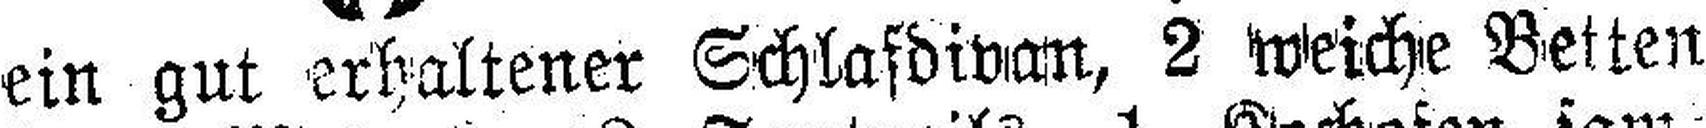
ein gut erhaltener Schlafdivan, 2 weiche Betten